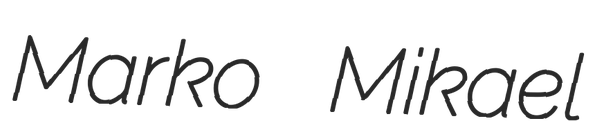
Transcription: Marko Mikael